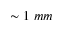
\sim 1 \ m m